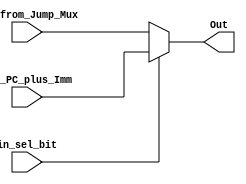
`timescale 1ns / 1ps
//////////////////////////////////////////////////////////////////////////////////
// Company: 
// Engineer: 
// 
// Design Name: 
// Module Name:    Branch_MUX 
// Project Name: 
// Target Devices: 
// Tool versions: 
// Description: 
//
// Dependencies: 
//
// Revision: 
// Revision 0.01 - File Created
// Additional Comments: 
//
//////////////////////////////////////////////////////////////////////////////////
module Branch_MUX(
    input [31:0] in1_PC_plus_Imm,
    input [31:0] in2_from_Jump_Mux,
    input in_sel_bit,
    output reg [31:0] Out
    );

always @ (*)
begin
	
	if(in_sel_bit == 1'b1)
	begin
	
	Out =  in1_PC_plus_Imm;
			
	end
	else
	begin
		
	Out = in2_from_Jump_Mux;
		
	end

end
endmodule